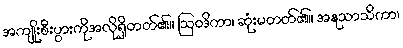
အကျိုးစီးပွားကိုအလိုရှိတတ်၏။ ဩဝဒိကာ၊ ဆုံးမတတ်၏။ အနုသာသိကာ၊